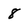
Character: 8